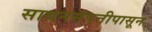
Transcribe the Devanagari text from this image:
साधनसंपत्तीपासून